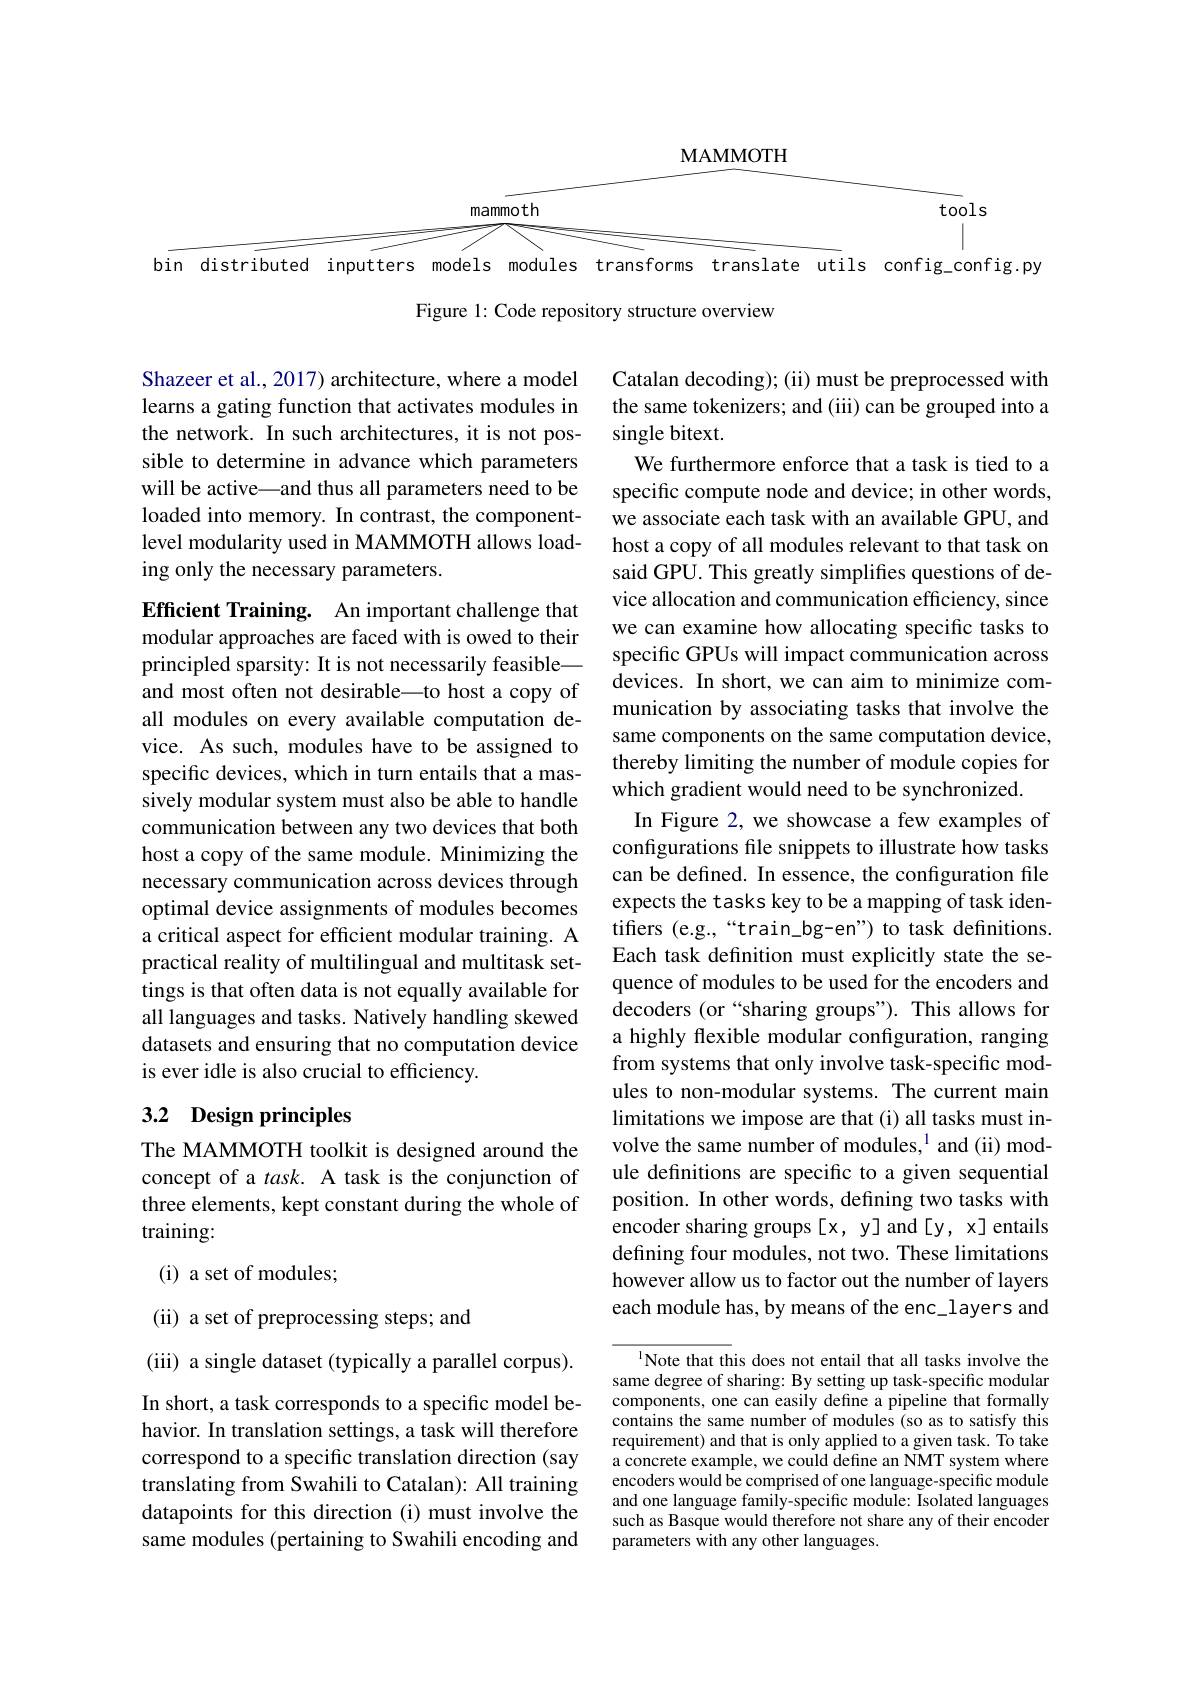
<FigureHere>

Figure 1: Code repository structure overview

Shazeer et al., 2017) architecture, where a model learns a gating function that activates modules in the network. In such architectures, it is not possible to determine in advance which parameters will be active—and thus all parameters need to be loaded into memory. In contrast, the componentlevel modularity used in MAMMOTH allows loading only the necessary parameters.

Efficient Training. An important challenge that modular approaches are faced with is owed to their principled sparsity: It is not necessarily feasible— and most often not desirable—to host a copy of all modules on every available computation device. As such, modules have to be assigned to specific devices, which in turn entails that a massively modular system must also be able to handle communication between any two devices that both host a copy of the same module. Minimizing the necessary communication across devices through optimal device assignments of modules becomes a critical aspect for efficient modular training. A practical reality of multilingual and multitask settings is that often data is not equally available for all languages and tasks. Natively handling skewed datasets and ensuring that no computation device is ever idle is also crucial to efficiency.

Catalan decoding); (ii) must be preprocessed with the same tokenizers; and (iii) can be grouped into a single bitext.
We furthermore enforce that a task is tied to a specific compute node and device; in other words, we associate each task with an available GPU, and host a copy of all modules relevant to that task on said GPU. This greatly simplifies questions of device allocation and communication efficiency, since we can examine how allocating specific tasks to specific GPUs will impact communication across devices. In short, we can aim to minimize communication by associating tasks that involve the same components on the same computation device, thereby limiting the number of module copies for which gradient would need to be synchronized.
In Figure 2, we showcase a few examples of configurations file snippets to illustrate how tasks can be defined. In essence, the configuration file expects the tasks key to be a mapping of task identiffers (e.g.,“train\_bg-en”) to task definitions. Each task definition must explicitly state the sequence of modules to be used for the encoders and decoders (or “sharing groups”). This allows for a highly flexible modular configuration, ranging from systems that only involve task-specific modules to non-modular systems. The current main limitations we impose are that (i) all tasks must involve the same number of modules,$^1$ and (ii) module definitions are specific to a given sequential position. In other words, defining two tasks with encoder sharing groups[x, y]and[y, x] entails defining four modules, not two. These limitations however allow us to factor out the number of layers each module has, by means of the enc\_layers and

## 3.2 Design principles

The MAMMOTH toolkit is designed around the concept of a task. A task is the conjunction of three elements, kept constant during the whole of training:
( i) a set of modules;
(ii) a set of preprocessing steps; and
(iii) a single dataset (typically a parallel corpus). In short, a task corresponds to a specific model behavior. In translation settings, a task will therefore correspond to a specific translation direction (say translating from Swahili to Catalan): All training datapoints for this direction (i) must involve the same modules (pertaining to Swahili encoding and

1Note that this does not entail that all tasks involve the same degree of sharing: By setting up task-specific modular components, one can easily define a pipeline that formally contains the same number of modules (so as to satisfy this requirement) and that is only applied to a given task. To take a concrete example, we could define an NMT system where encoders would be comprised of one language-specific module and one language family-specific module: Isolated languages such as Basque would therefore not share any of their encoder parameters with any other languages.